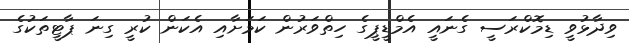
ވިދާޅުވީ ޑިމޮކްރަސީ ގެނައީ އެމްޑީޕީގެ ހިތްވަރުން ކަމަށާއި އެކަން ކުރީ ގިނަ ޕާޓީތަކުގެ